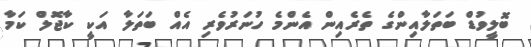
ބޮލީވުޑް ބަތަލާއިންގެ ތެރެއިން އެންމެ ހުނަރުވެރި އެއް ބަތަލާ އަކީ ކާޖޮލް ކަމާ